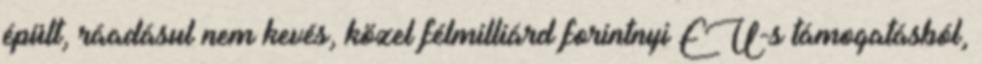
épült, ráadásul nem kevés, közel félmilliárd forintnyi EU-s támogatásból,